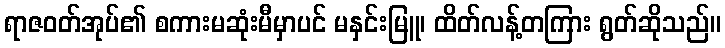
ရာဇဝတ်အုပ်၏ စကားမဆုံးမီမှာပင် မနှင်းမြူ၊ ထိတ်လန့်တကြား ရွတ်ဆိုသည်။